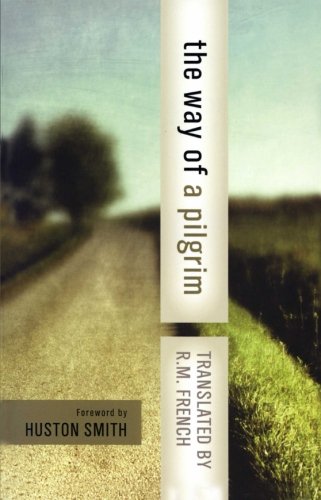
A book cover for The Way of a Pilgrim and the Pilgrim Continues His Way; Anonymous; Christian Books & Bibles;